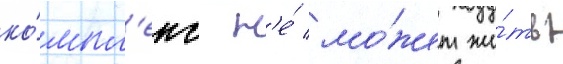
ко́мпл'екс н'е́ мо́жет жи́ть